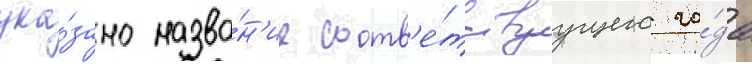
ука́зано назва́н'ие соотв'е́тствуущего го́да